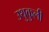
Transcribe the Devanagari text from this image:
उथुकुली